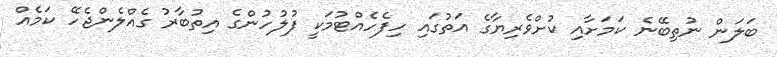
ބަލަން ނުތިބޭނެ ކަމަށާއި ކުށްވެރިޔާގެ އަތުގައި ހިފެހެއްޓުމަކީ ފުލުހުންގެ އިތުބާރު ގެއްލެންޖެހޭ ކަމެއް